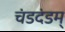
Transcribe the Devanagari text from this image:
चंडदंडम्